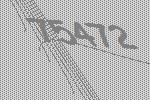
75472